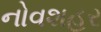
નોવશહર